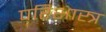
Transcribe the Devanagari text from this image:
परिशास्त्र